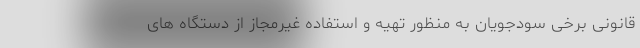
قانونی برخی سودجویان به منظور تهیه و استفاده غیرمجاز از دستگاه های